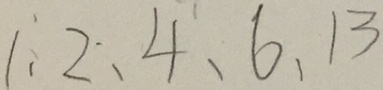
1 、 2 、 4 、 6 、 1 3